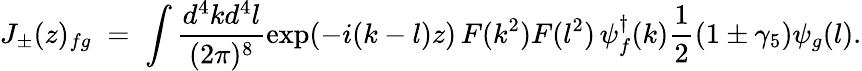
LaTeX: J_{\pm}(z)_{fg}\; =\; \int\frac{d^{4}kd^{4}l}{(2\pi)^{8}}\exp(-i(k-l)z)\, F(k^{2})F(l^{2})\, \psi_{f}^{\dagger}(k)\frac 12(1\pm\gamma_{5})\psi_{g}(l).